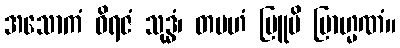
အသောကံ ဝိရဇံ သုဒ္ဓံ၊ တမဟံ ဗြူမိ ဗြာဟ္မဏံ။